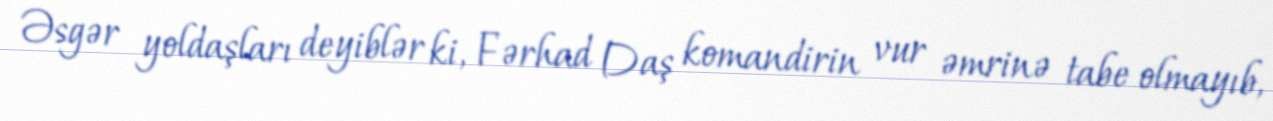
Əsgər yoldaşları deyiblər ki, Fərhad Daş komandirin vur əmrinə tabe olmayıb,